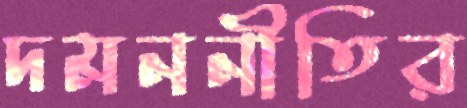
দমননীতির